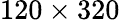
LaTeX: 120\times 320